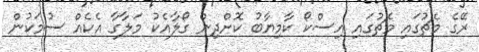
ރޭގެ މެޗުގައި މެޗުގައި އިސްކޯ ކާމިޔާބު ކޮށްދިން ގޯލާއެކު މަލާގާ އެކެއް ސުމަކުން